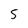
Character: s